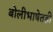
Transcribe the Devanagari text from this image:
बोलीभाषेतही